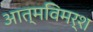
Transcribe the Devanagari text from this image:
आत्मविमर्श